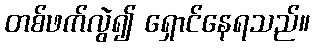
တစ်ဖက်လွဲ၍ ရှောင်နေရသည်။